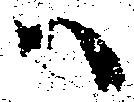
ハ